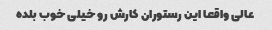
عالی واقعا این رستوران کارش رو‌ خیلی خوب بلده